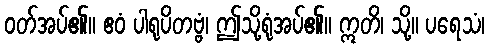
ဝတ်အပ်၏။ ဧဝံ ပါရုပိတဗ္ဗံ၊ ဤသို့ရုံအပ်၏။ ဣတိ၊ သို့။ ပရေသံ၊